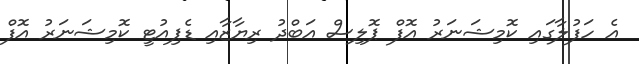
އެ ހަފުލާގައި ކޮމިޝަނަރު އޮފް ޕޮލިސް އަބްދު ރިޔާޒާއި ޑެޕިއުޓީ ކޮމިޝަނަރު އޮފް